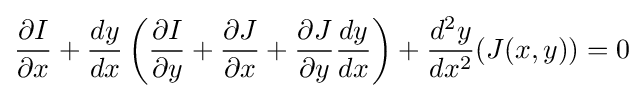
{\partial I \over \partial x}+{dy \over dx}\left({\partial I \over \partial y}+{\partial J \over \partial x}+{\partial J \over \partial y}{dy \over dx}\right)+{d^{2}y \over dx^{2}}(J(x,y))=0